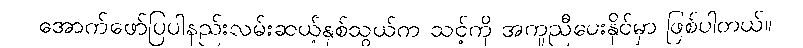
အောက်ဖော်ပြပါနည်းလမ်းဆယ့်နှစ်သွယ်က သင့်ကို အကူညီပေးနိုင်မှာ ဖြစ်ပါတယ်။